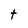
Character: t